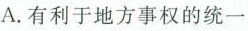
A.有利于地方事权的统一